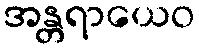
အန္တရာယေဝ